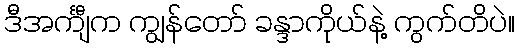
ဒီအင်္ကျီက ကျွန်တော် ခန္ဒာကိုယ်နဲ့ ကွက်တိပဲ။